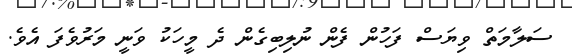
ސަލާމަތް ވިޔަސް ފަހުން ފެން ނުލިބިގެން ދެ މީހަކު ވަނީ މަރުވެފަ އެވެ.